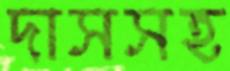
দাসসহ